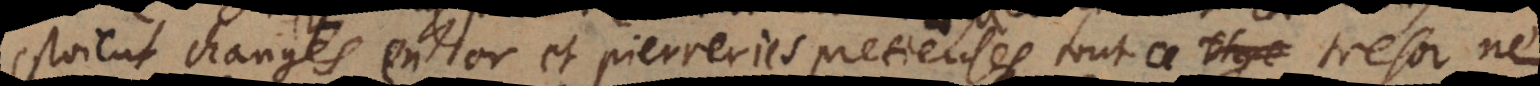
estoient changés en or et pierreries pretieuses, tout ce tresor ne